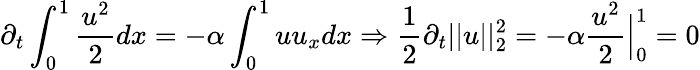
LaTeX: \partial_{t}\int_{0}^{1}{\frac{u^{2}}{2}}dx=-\alpha\int_{0}^{1}uu_{x}dx\Rightarrow{\frac{1}{2}}\partial_{t}||u||_{2}^{2}=-\alpha{\frac{u^{2}}{2}}{\Big|}_{0}^{1}=0